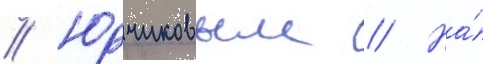
// Юрчиковым // На́